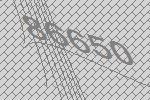
86650